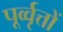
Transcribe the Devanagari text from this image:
पूर्व्वृत्तों